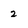
Character: 2